Civil Veterinary Department ledger series I-VI
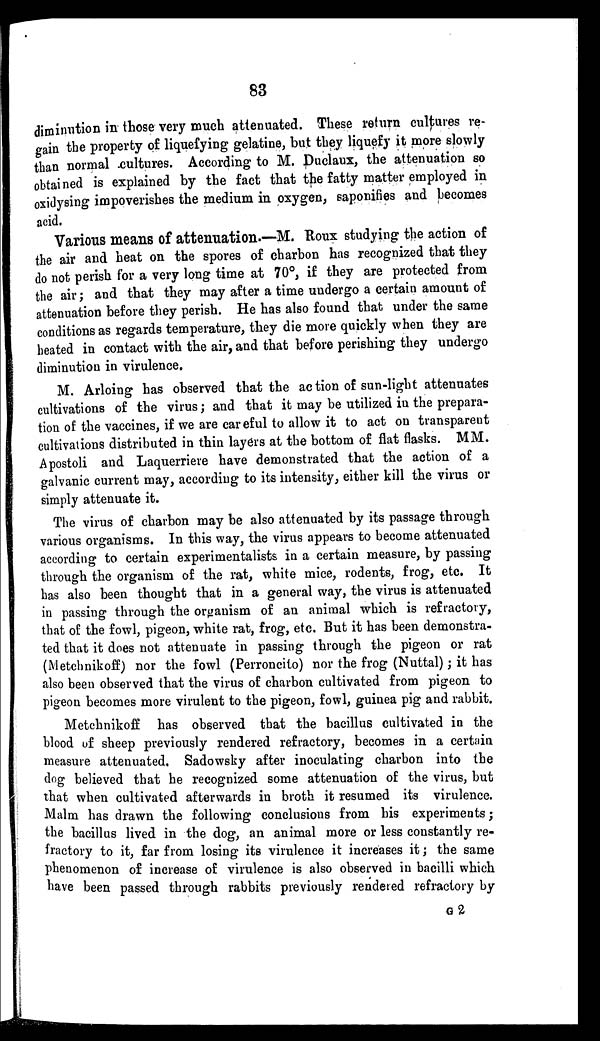
83
diminution in those very much attenuated. These return cultures re-
gain the property of liquefying gelatine, but they liquefy it more slowly
than normal cultures. According to M. Duclaux, the attenuation so
obtained is explained by the fact that the fatty matter employed in
oxidysing impoverishes the medium in oxygen, saponifies and becomes
acid.
Various means of attenuation.—-M. Roux studying the action of
the air and heat on the spores of charbon has recognized that they
do not perish for a very long time at 70°, if they are protected from
the air; and that they may after a time undergo a certain amount of
attenuation before they perish. He has also found that under the same
conditions as regards temperature, they die more quickly when they are
heated in contact with the air, and that before perishing they undergo
diminution in virulence.
M. Arloing has observed that the action of sun-light attenuates
cultivations of the virus; and that it may be utilized in the prepara-
tion of the vaccines, if we are careful to allow it to act on transparent
cultivations distributed in thin layers at the bottom of flat flasks. MM.
Apostoli and Laquerriere have demonstrated that the action of a
galvanic current may, according to its intensity, either kill the virus or
simply attenuate it.
The virus of charbon may be also attenuated by its passage through
various organisms. In this way, the virus appears to become attenuated
according to certain experimentalists in a certain measure, by passing
through the organism of the rat, white mice, rodents, frog, etc. It
has also been thought that in a general way, the virus is attenuated
in passing through the organism of an animal which is refractory,
that of the fowl, pigeon, white rat, frog, etc. But it has been demonstra-
ted that it does not attenuate in passing through the pigeon or rat
(Metchnikoff) nor the fowl (Perroncito) nor the frog (Nuttal); it has
also been observed that the virus of charbon cultivated from pigeon to
pigeon becomes more virulent to the pigeon, fowl, guinea pig and rabbit.
Metchnikoff has observed that the bacillus cultivated in the
blood of sheep previously rendered refractory, becomes in a certain
measure attenuated. Sadowsky after inoculating charbon into the
dog believed that he recognized some attenuation of the virus, but
that when cultivated afterwards in broth it resumed its virulence.
Malm has drawn the following conclusions from his experiments;
the bacillus lived in the dog, an animal more or less constantly re-
fractory to it, far from losing its virulence it increases it; the same
phenomenon of increase of virulence is also observed in bacilli which
have been passed through rabbits previously rendered refractory by
G 2